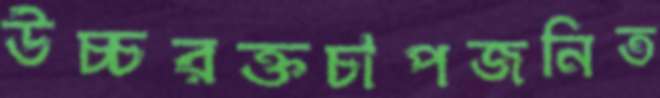
উচ্চরক্তচাপজনিত